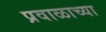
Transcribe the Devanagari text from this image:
प्रवाळाच्या